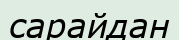
сарайдан